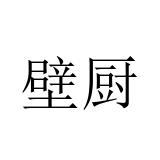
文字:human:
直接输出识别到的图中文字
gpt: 壁厨